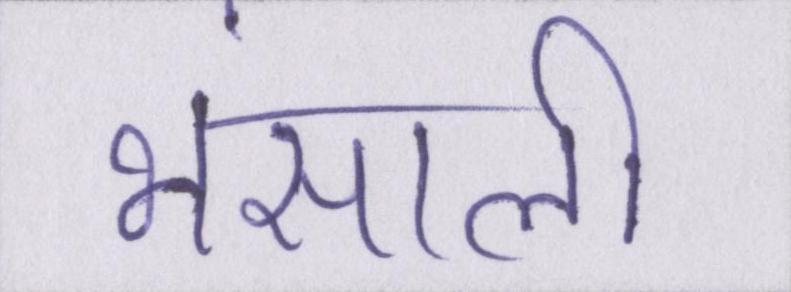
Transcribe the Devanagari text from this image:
भंसाली